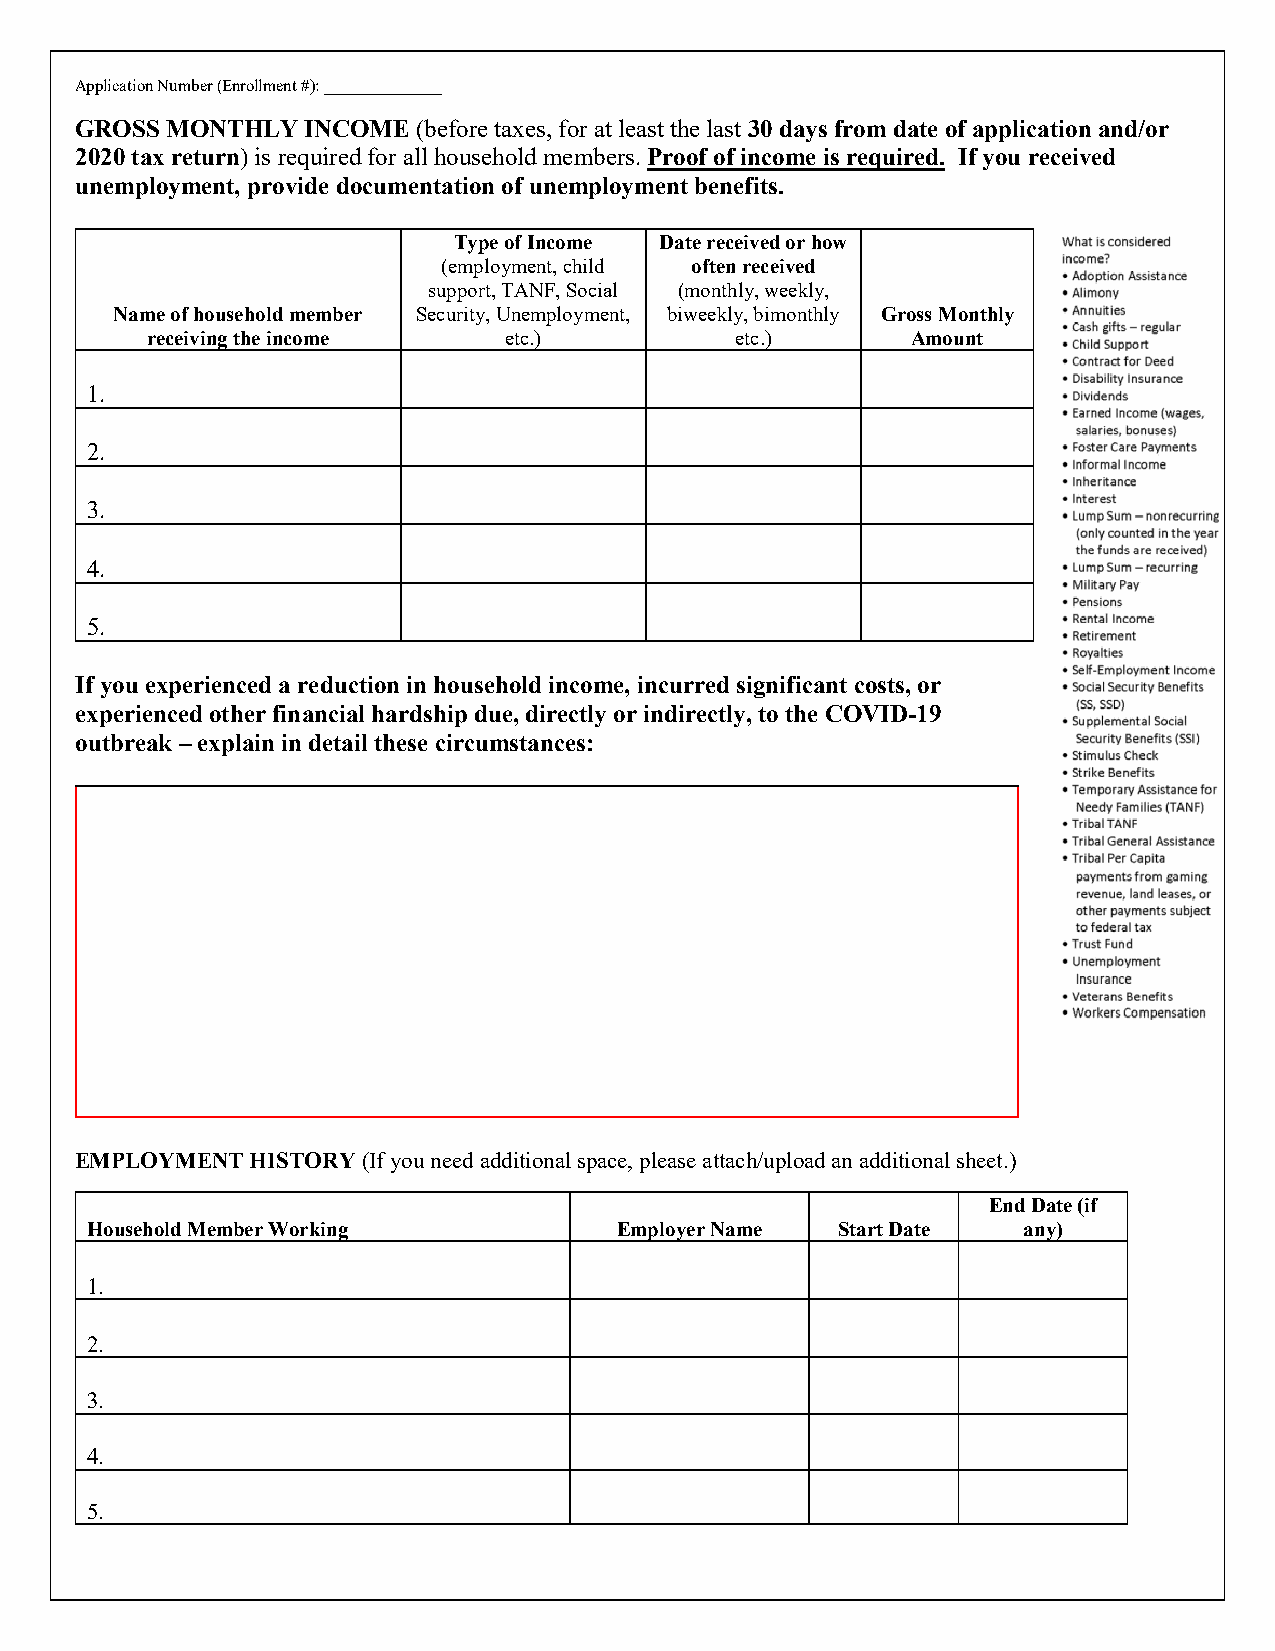
Application Number (Enrollment #): ______________
 GROSS MONTHLY  INCOME  (before taxes, for at least the last 30 days from date of application and/or
 2020 tax return) is required for all household members. Proof of income is required. If you received
 unemployment, provide documentation of unemployment benefits.
 Type of Income Date received or how
 (employment, child often received
 support, TANF, Social (monthly, weekly,
 Name of household member Security, Unemployment, biweekly, bimonthly Gross Monthly
 receiving the income   etc.)           etc.)      Amount
 1.
 2.
 3.
 4.
 5.
 If you experienced a reduction in household income, incurred significant costs, or
 experienced other financial hardship due, directly or indirectly, to the COVID-19
 outbreak – explain in detail these circumstances:
 EMPLOYMENT  HISTORY (If you need additional space, please attach/upload an additional sheet.)
 End Date (if
 Household Member Working           Employer Name Start Date   any)
 1.
 2.
 3.
 4.
 5.